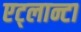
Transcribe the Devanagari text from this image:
एट्लान्टा